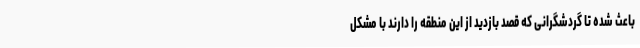
باعث شده تا گردشگرانی که قصد بازدید از این منطقه را دارند با مشکل